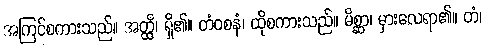
အကြင်စကားသည်။ အတ္ထိ၊ ရှိ၏။ တံဝစနံ၊ ထိုစကားသည်။ မိစ္ဆာ၊ မှားလေရာ၏။ တံ၊